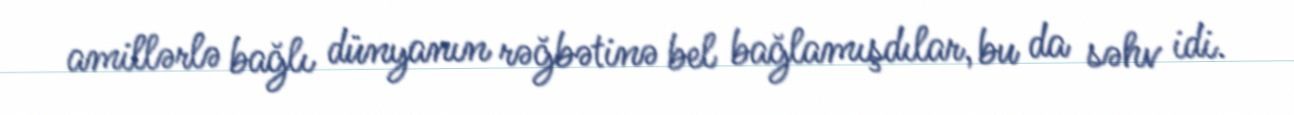
amillərlə bağlı dünyanın rəğbətinə bel bağlamışdılar, bu da səhv idi.